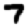
Digit: 7